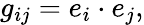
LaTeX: g_{ij}=e_{i}\cdot e_{j},